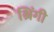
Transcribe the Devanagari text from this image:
श्रिंगी